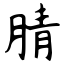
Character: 腈